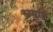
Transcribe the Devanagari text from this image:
स्वपतिं